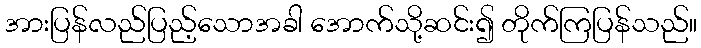
အားပြန်လည်ပြည့်သောအခါ အောက်သို့ဆင်း၍ တိုက်ကြပြန်သည်။